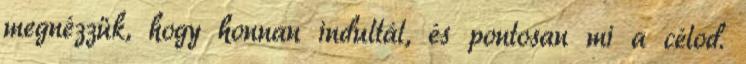
megnézzük, hogy honnan indultál, és pontosan mi a célod.